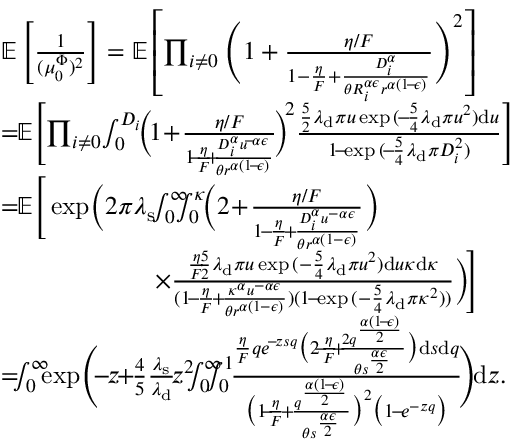
\begin{array} { r l } & { \mathbb { E } \left[ \frac { 1 } { ( \mu _ { 0 } ^ { \Phi } ) ^ { 2 } } \right] = \mathbb { E } \left[ \prod _ { i \neq 0 } \Bigg ( 1 + \frac { \eta / F } { 1 - \frac { \eta } { F } + \frac { D _ { i } ^ { \alpha } } { \theta R _ { i } ^ { \alpha \epsilon } r ^ { \alpha ( 1 \! - \! \epsilon ) } } } \Bigg ) ^ { 2 } \right] } \\ & { = \! \! \mathbb { E } \Bigg [ \! \prod _ { i \neq 0 } \! \int _ { 0 } ^ { D _ { i } } \! \! \bigg ( \! 1 \! + \! \frac { \eta / F } { 1 \! \! - \! \! \frac { \eta } { F } \! \! + \! \! \frac { D _ { i } ^ { \alpha } u ^ { \! - \! \alpha \epsilon } } { \theta r ^ { \alpha ( 1 \! - \! \epsilon ) } } } \! \bigg ) ^ { \! 2 } \frac { \frac { 5 } { 2 } \lambda _ { \mathrm { d } } \pi u \exp { ( \! - \! \frac { 5 } { 4 } \lambda _ { \mathrm { d } } \pi u ^ { 2 } ) } \mathrm { d } u } { 1 \! - \! \exp { ( \! - \! \frac { 5 } { 4 } \lambda _ { \mathrm { d } } \pi D _ { i } ^ { 2 } ) } } \Bigg ] } \\ & { = \! \! \mathbb { E } \Bigg [ \exp \! \bigg ( 2 \pi \lambda _ { \mathrm { s } } \! \! \int _ { 0 } ^ { \infty } \! \! \! \! \int _ { 0 } ^ { \kappa } \! \! \Big ( 2 \! + \! \frac { \eta / F } { 1 \! - \! \frac { \eta } { F } \! + \! \frac { D _ { i } ^ { \alpha } u ^ { - \alpha \epsilon } } { \theta r ^ { \alpha ( 1 - \epsilon ) } } } \Big ) } \\ & { \qquad \qquad \qquad \times \frac { \frac { \eta } { F } \! \! \cdot \! \! \frac { 5 } { 2 } \lambda _ { \mathrm { d } } \pi u \exp { ( - \frac { 5 } { 4 } \lambda _ { \mathrm { d } } \pi u ^ { 2 } ) } \mathrm { d } u \kappa \mathrm { d } \kappa } { ( 1 \! - \! \frac { \eta } { F } \! + \! \frac { \kappa ^ { \alpha } u ^ { - \alpha \epsilon } } { \theta r ^ { \alpha ( 1 - \epsilon ) } } ) ( 1 \! - \! \exp { ( - \frac { 5 } { 4 } \lambda _ { \mathrm { d } } \pi \kappa ^ { 2 } ) } ) } \bigg ) \! \Bigg ] } \\ & { = \! \! \! \int _ { 0 } ^ { \infty } \! \! \! \exp { \! \Bigg ( \! \! \! - \! \! z \! \! + \! \! \frac { 4 } { 5 } \frac { \lambda _ { \mathrm { s } } } { \lambda _ { \mathrm { d } } } \! z ^ { 2 } \! \! \! \int _ { 0 } ^ { \infty } \! \! \! \! \! \int _ { 0 } ^ { 1 } \! \! \frac { \frac { \eta } { F } q e ^ { \! - \! z s q } \big ( 2 \! \! - \! \! \frac { \eta } { F } \! \! + \! \! \frac { 2 q ^ { \frac { \alpha ( 1 \! - \! \epsilon ) } { 2 } } } { \theta s ^ { \frac { \alpha \epsilon } { 2 } } } \big ) \mathrm { d } s \mathrm { d } q } { \big ( 1 \! \! - \! \! \frac { \eta } { F } \! + \! \frac { q ^ { \frac { \alpha ( 1 \! - \! \epsilon ) } { 2 } } } { \theta s ^ { \frac { \alpha \epsilon } { 2 } } } \big ) ^ { 2 } \big ( 1 \! - \! e ^ { - z q } \big ) } \! \Bigg ) } \! \mathrm { d } z . } \end{array}